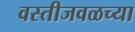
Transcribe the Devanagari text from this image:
वस्तीजवळच्या